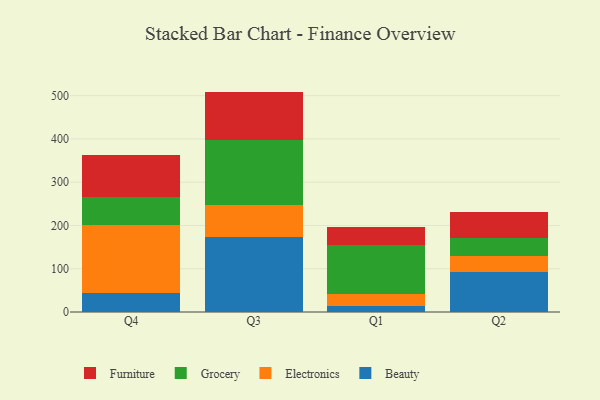
{"axis": {"x": "Quarter", "y": "Tickets Resolved"}, "legend": ["Beauty", "Electronics", "Furniture", "Grocery"], "data": [{"x": "Q4", "y": 44.6, "type": "Beauty"}, {"x": "Q4", "y": 155.7, "type": "Electronics"}, {"x": "Q4", "y": 66.2, "type": "Grocery"}, {"x": "Q4", "y": 96.7, "type": "Furniture"}, {"x": "Q3", "y": 173.1, "type": "Beauty"}, {"x": "Q3", "y": 73.9, "type": "Electronics"}, {"x": "Q3", "y": 151.2, "type": "Grocery"}, {"x": "Q3", "y": 111.2, "type": "Furniture"}, {"x": "Q1", "y": 12.9, "type": "Beauty"}, {"x": "Q1", "y": 28.4, "type": "Electronics"}, {"x": "Q1", "y": 114.3, "type": "Grocery"}, {"x": "Q1", "y": 41.4, "type": "Furniture"}, {"x": "Q2", "y": 92.9, "type": "Beauty"}, {"x": "Q2", "y": 35.9, "type": "Electronics"}, {"x": "Q2", "y": 42.3, "type": "Grocery"}, {"x": "Q2", "y": 60.4, "type": "Furniture"}]}